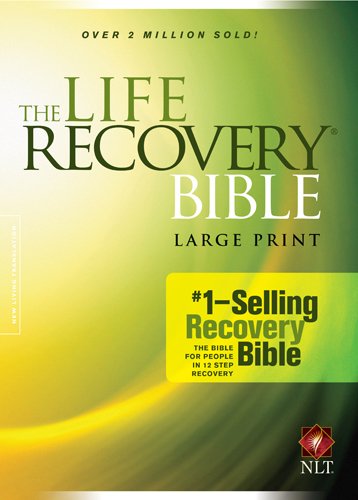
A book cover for The Life Recovery Bible NLT, Large Print; Health, Fitness & Dieting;